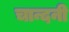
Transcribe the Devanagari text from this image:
चान्दनी